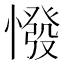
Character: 𢠺